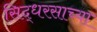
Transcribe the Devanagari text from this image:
सिद्धरसाच्या